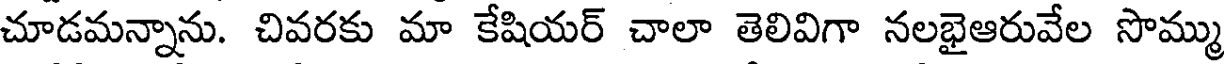
చూడమన్నాను. చివరకు మా కేషియర్ చాలా తెలివిగా నలభైఆరువేల సొమ్ము